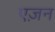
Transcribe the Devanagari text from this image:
एज़न